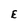
Character: E